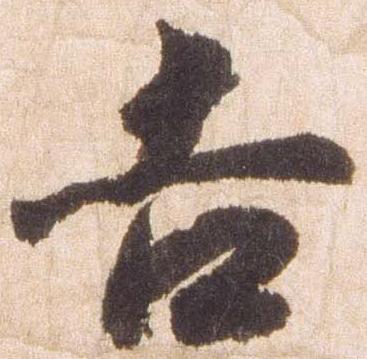
吉